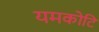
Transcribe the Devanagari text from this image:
यमकोटि